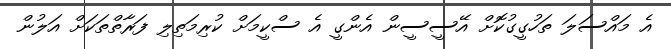
އެ މައްސަލަ ތަހުގީގުކޮށް އޭސީސީން އެންގީ އެ ސްކީމަށް ކުރިމަތިލި ފަރާތްތަކަށް އަލުން